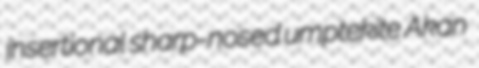
insertional sharp-nosed umptekite Akan